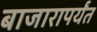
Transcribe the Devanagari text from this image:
बाजारापर्यंत